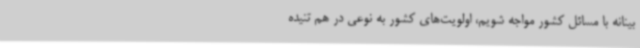
بینانه با مسائل کشور مواجه شویم، اولویت‌های کشور به نوعی در هم تنیده